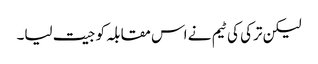
لیکن ترکی کی ٹیم نے اس مقابلہ کو جیت لیا۔